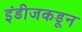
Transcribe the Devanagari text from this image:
इंडीजकडून